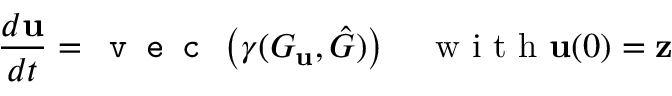
\frac { d \mathbf { u } } { d t } = \texttt { v e c } \left( \gamma ( G _ { \mathbf { u } } , \hat { G } ) \right) \quad \mathrm { ~ w ~ i ~ t ~ h ~ } \mathbf { u } ( 0 ) = \mathbf { z }